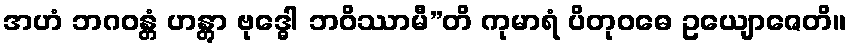
အဟံ ဘဂဝန္တံ ဟန္တွာ ဗုဒ္ဓေါ ဘဝိဿာမီ”တိ ကုမာရံ ပိတုဝဓေ ဥယျောဇေတိ။